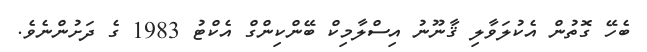
ބެހޭ ގޮތުން އެކުލަވާލި ޤާނޫނު އިސްލާމިކް ބޭންކިންގް އެކްޓު 1983 ގެ ދަށުންނެވެ.